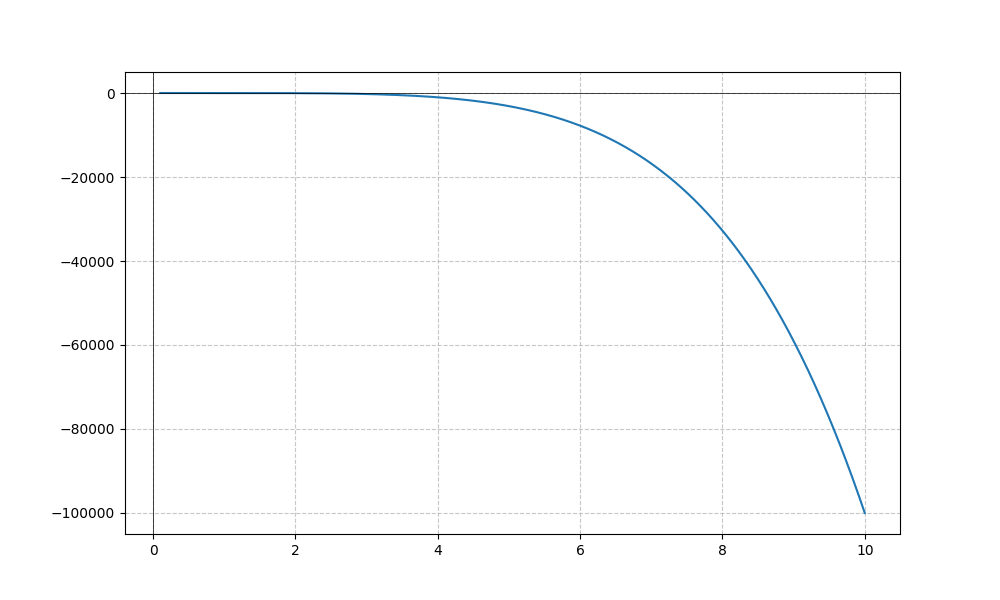
LaTeX formula: - x^{5} + \sin{\left(x \right)}